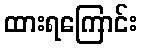
ထားရကြောင်း